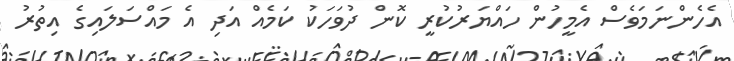
އެހެންނަމަވެސް އެމީހުން ހައްޔަރުކުރީ ކޮން ދުވަހަކު ކަމެއް އަދި އެ މައްސަލައިގެ އިތުރު